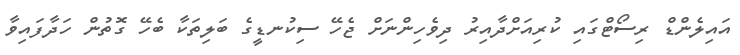
އައިލެންޑް ރިސޯޓްގައި ކުރިއަށްދާއިރު ދިވެހިންނަށް ޖެހޭ ސިކުނޑީގެ ބަލިތަކާ ބެހޭ ގޮތުން ހަދާފައިވާ